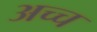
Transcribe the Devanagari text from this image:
अच्च